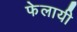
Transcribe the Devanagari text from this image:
फेलायी